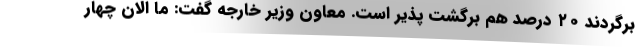
برگردند ۲۰ درصد هم برگشت پذیر است. معاون وزیر خارجه گفت: ما الان چهار